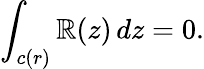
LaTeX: \int_{c(r)}\mathbb{R}(z)\, dz=0.